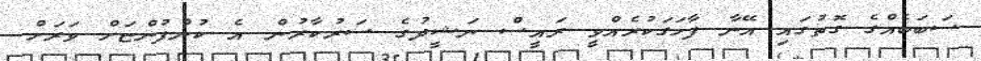
ސަބަބެއްގެ ގޮތުގައި އޭނާ ފާހަގަކުރެއްވީ ރައީސް ނަޝީދުގެ ސަރުކާރުން އެ ކުންފުންޏަށް ވަރަށް